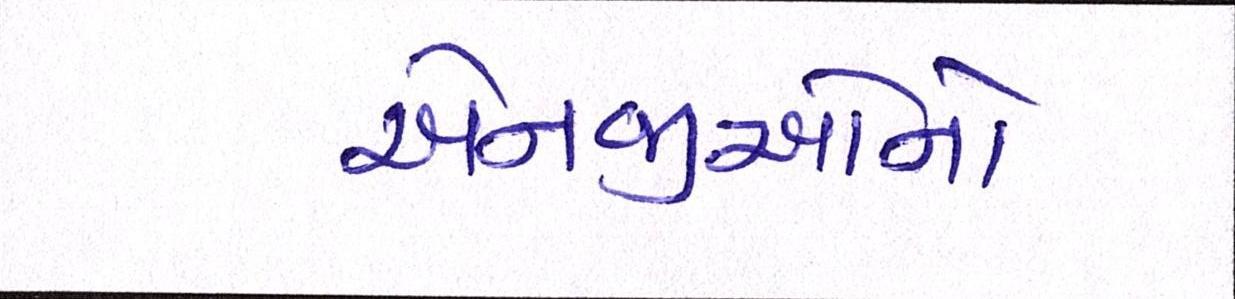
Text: એનજીઓનો